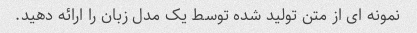
نمونه ای از متن تولید شده توسط یک مدل زبان را ارائه دهید.